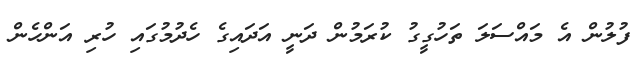
ފުލުން އެ މައްސަލަ ތަހުގީގު ކުރަމުން ދަނީ އަދައިގެ ހެދުމުގައި ހުރި އަންހެން